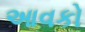
આવકો